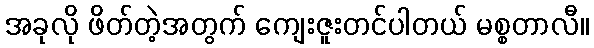
အခုလို ဖိတ်တဲ့အတွက် ကျေးဇူးတင်ပါတယ် မစ္စတာလီ။